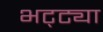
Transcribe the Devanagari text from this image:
भट्‌ट्या